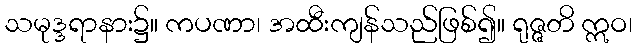
သမုဒ္ဒရာနား၌။ ကပဏာ၊ အထီးကျန်သည်ဖြစ်၍။ ရုဇ္ဇတိ ဣဝ၊